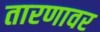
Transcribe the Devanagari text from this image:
तारणावर